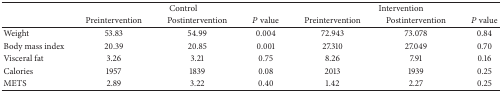
<table><thead><tr><td><b> </b></td><td colspan="3"><b>Control</b></td><td colspan="3"><b>Intervention</b></td></tr><tr><td><b> </b></td><td><b>Preintervention</b></td><td><b>Postintervention</b></td><td><b><i>P</i> value</b></td><td><b>Preintervention</b></td><td><b>Postintervention</b></td><td><b><i>P</i> value</b></td></tr></thead><tbody><tr><td>Weight</td><td>53.83</td><td>54.99</td><td>0.004</td><td>72.943</td><td>73.078</td><td>0.84</td></tr><tr><td>Body mass index</td><td>20.39</td><td>20.85</td><td>0.001</td><td>27.310</td><td>27.049</td><td>0.70</td></tr><tr><td>Visceral fat</td><td>3.26</td><td>3.21</td><td>0.75</td><td>8.26</td><td>7.91</td><td>0.16</td></tr><tr><td>Calories</td><td>1957</td><td>1839</td><td>0.08</td><td>2013</td><td>1939</td><td>0.25</td></tr><tr><td>METS</td><td>2.89</td><td>3.22</td><td>0.40</td><td>1.42</td><td>2.27</td><td>0.25</td></tr></tbody></table>